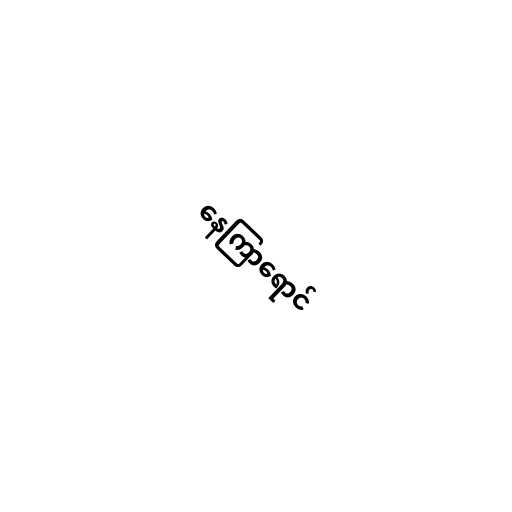
နေကြာရောင်